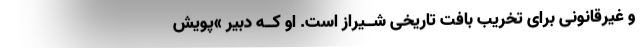
و غیرقانونی برای تخریب بافت تاریخی شــیراز است. او کــه دبیر »پویش